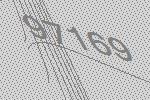
97169